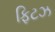
ફિટઝ